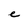
Character: e